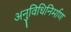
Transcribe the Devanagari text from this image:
अनुविधिनिर्माण